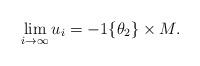
LaTeX: \begin{align*} \lim_{i \to \infty} u_i = -1 \{ \theta_2 \} \times M.\end{align*}